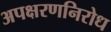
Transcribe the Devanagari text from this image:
अपक्षरणनिरोध